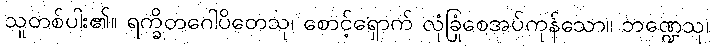
သူတစ်ပါး၏။ ရက္ခိတဂေါပိတေသု၊ စောင့်ရှောက် လုံခြုံစေအပ်ကုန်သော။ ဘဏ္ဍေသု၊